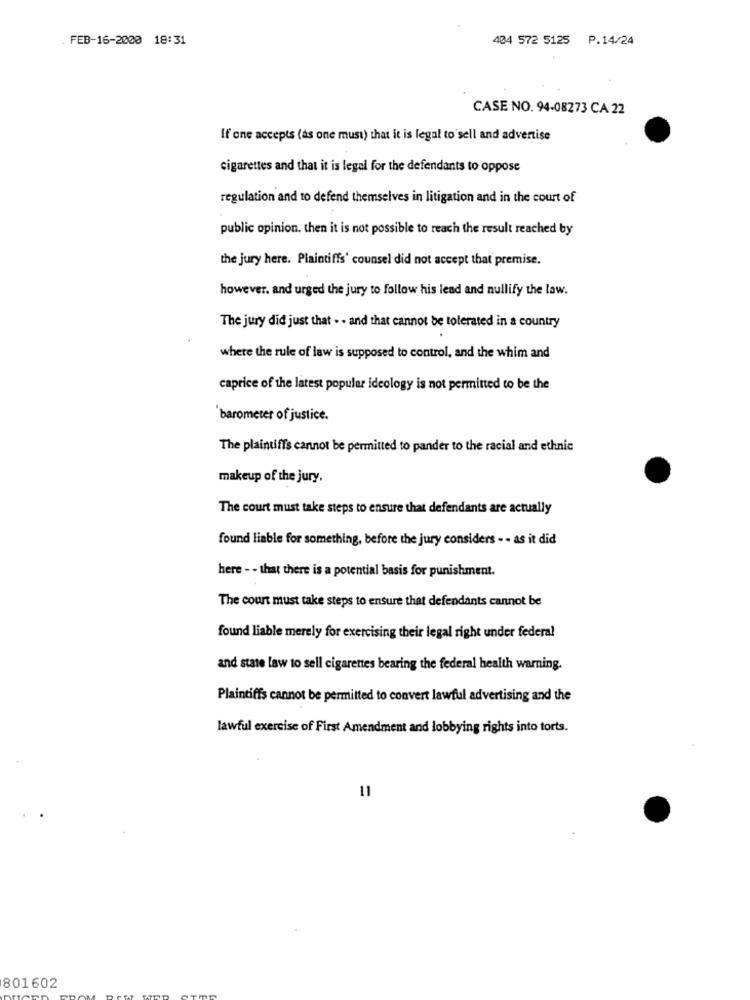
. FEB-16-2000 18:31
404 572 5125 P.14/24
CASE NO. 94-08273 CA 22
If one accepts (as one must) that it is legal to sell and advertise
cigarettes and that it is legal for the defendants to oppose
regulation and to defend themselves in litigation and in the court of
public opinion. then it is not possible to reach the result reached by
the jury here. Plaintiffs' counsel did not accept that premise.
however, and urged the jury to follow his lead and nullify the law.
The jury did just that . . and that cannot be tolerated in a country
where the rule of law is supposed to control, and the whim and
caprice of the latest popular ideology is not permitted to be the
barometer of justice.
The plaintiffs cannot be permitted to pander to the racial and ethnic
makeup of the jury.
The court must take steps to ensure that defendants are actually
found liable for something, before the jury considers - - as it did
here - - that there is a potential basis for punishment.
The count must take steps to ensure that defendants cannot be
found liable merely for exercising their legal right under federal
and state law to sell cigarettes bearing the federal health warning.
Plaintiffs cannot be permitted to convert lawful advertising and the
lawful exercise of First Amendment and lobbying rights into torts.
11
801602